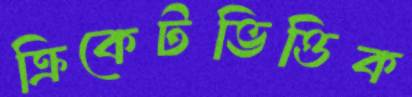
ক্রিকেটভিত্তিক